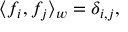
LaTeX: \langle f _ { i } , f _ { j } \rangle _ { w } = \delta _ { i , j } ,